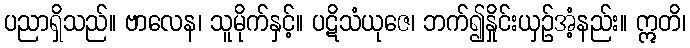
ပညာရှိသည်။ ဗာလေန၊ သူမိုက်နှင့်။ ပဋိသံယုဇေ၊ ဘက်၍နှိုင်းယှဉ်အံ့နည်း။ ဣတိ၊